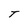
Character: T